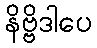
နိဗ္ဗိဒါပေ